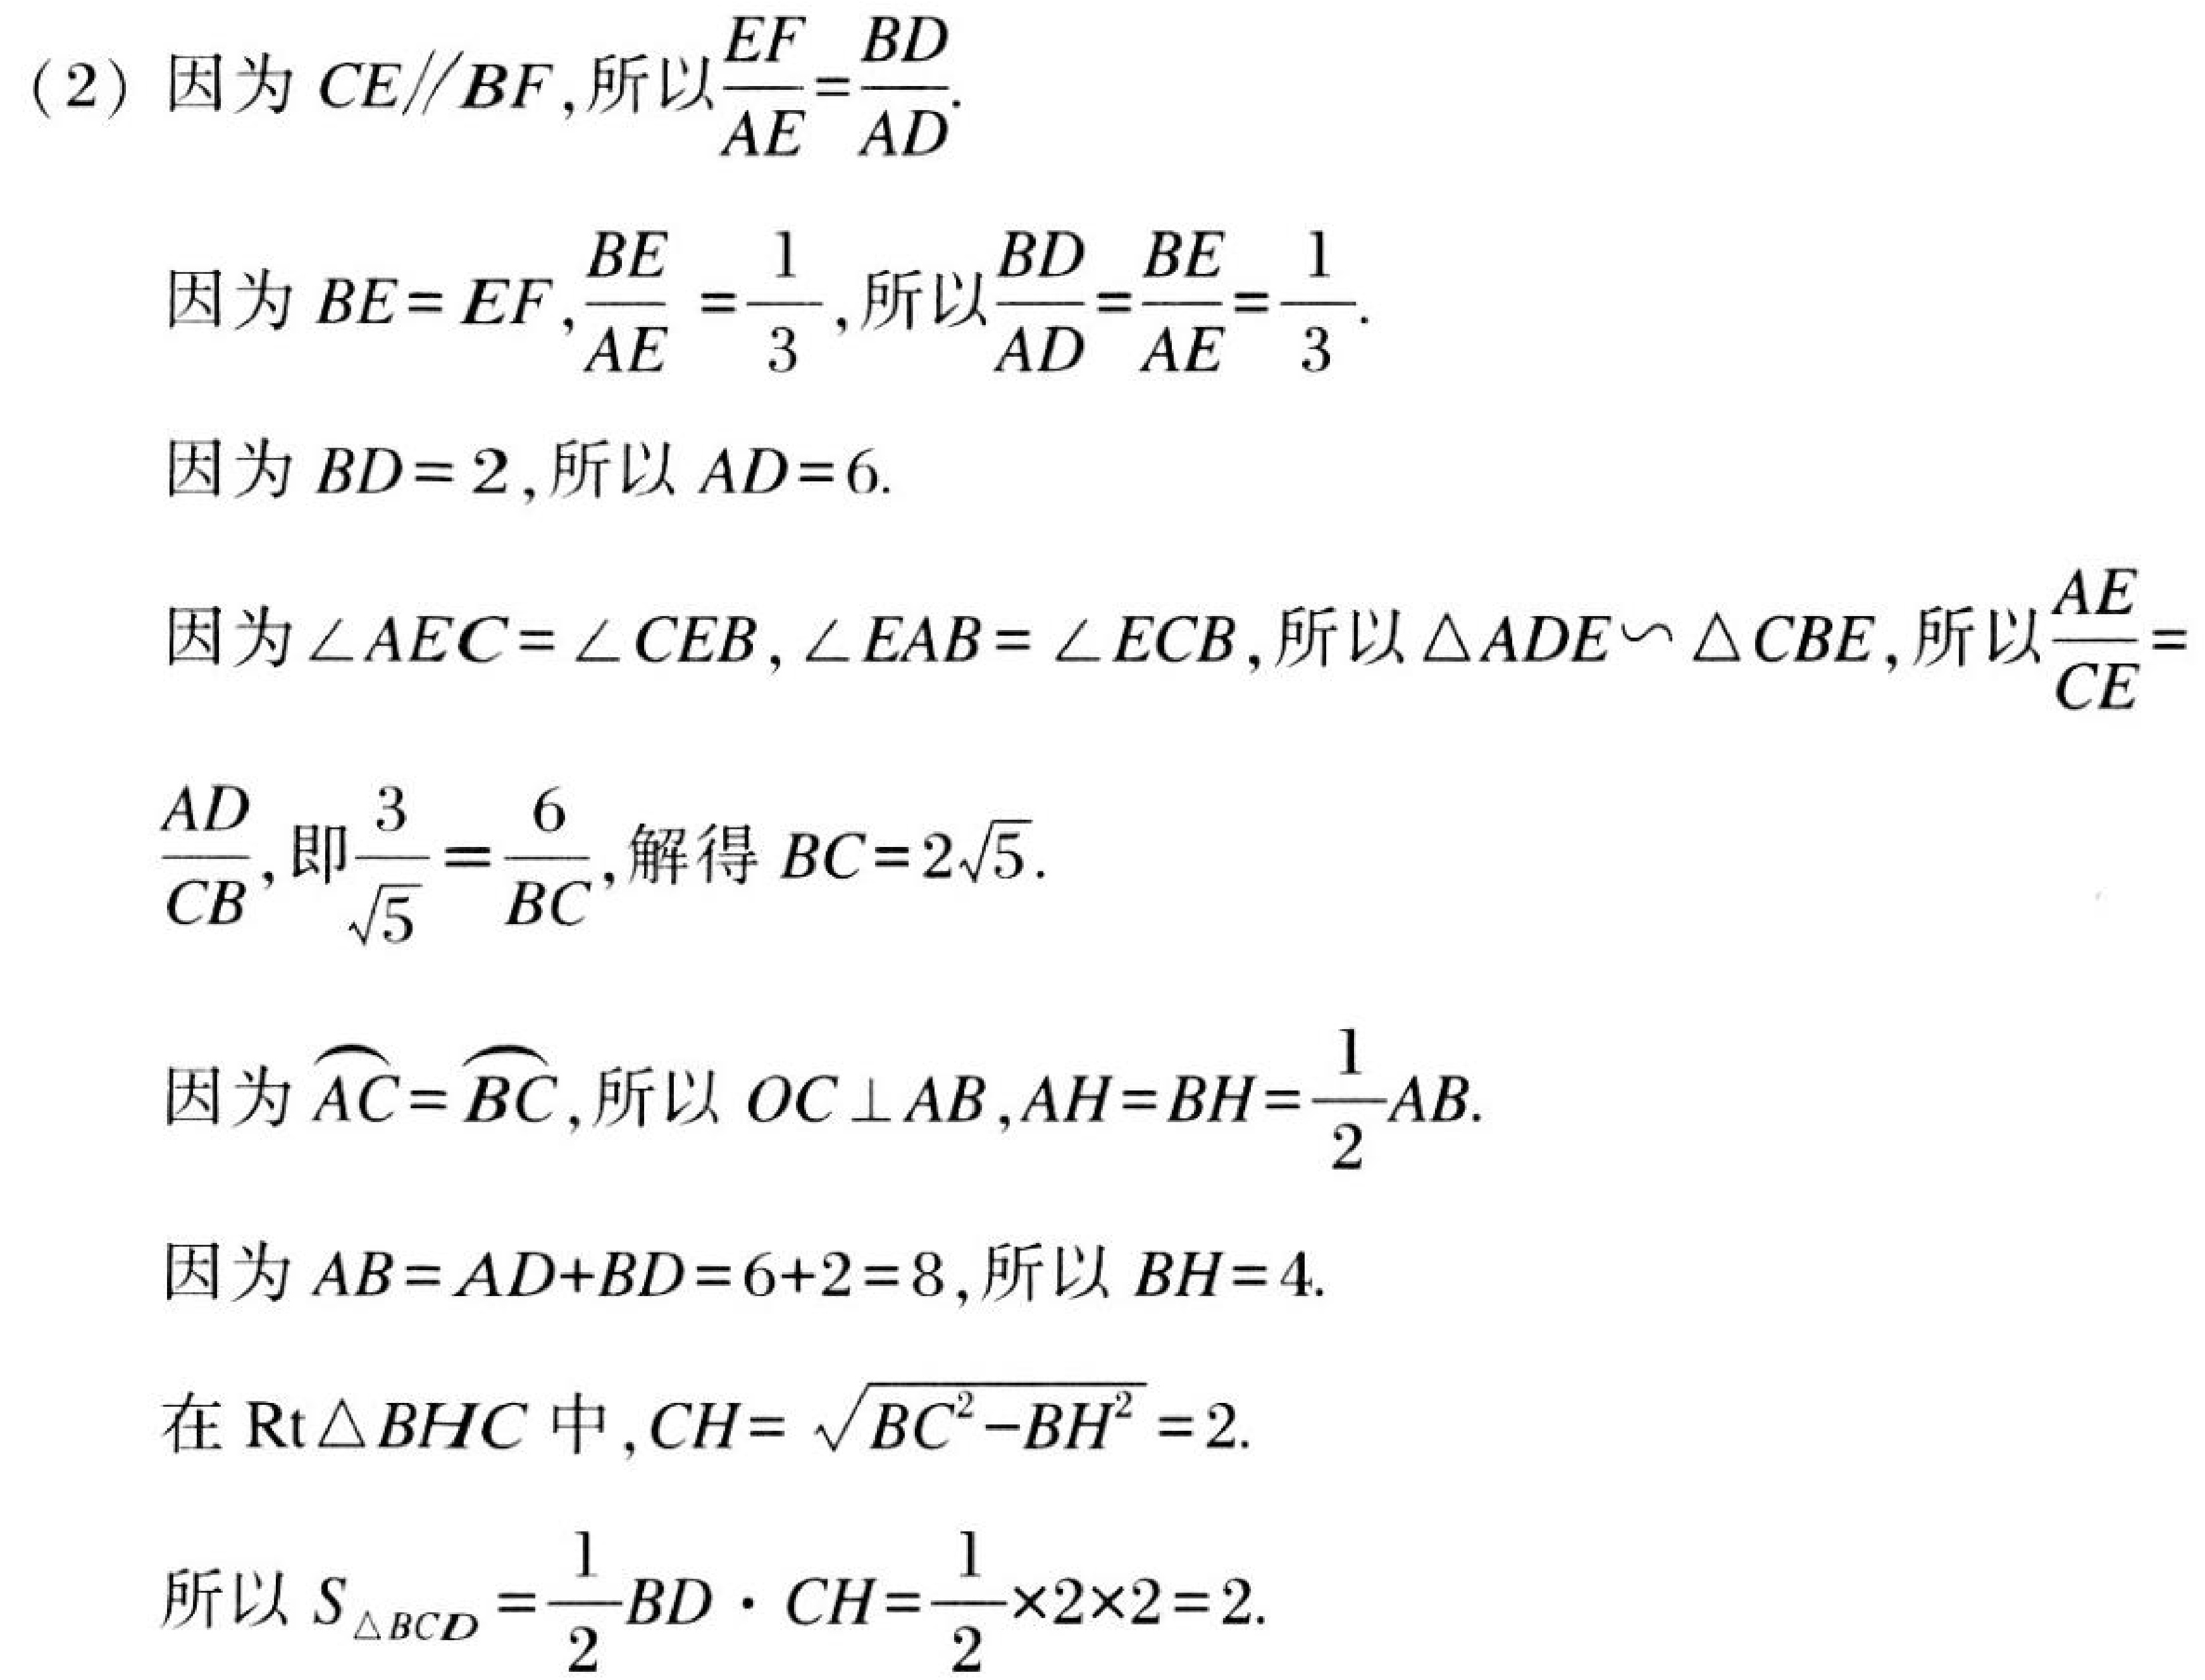
(2) 因为 \(CE\parallel BF\),所以\(\frac{EF}{AE}=\frac{BD}{AD}\).
因为 \(BE = EF\),\(\frac{BE}{AE}=\frac{1}{3}\),所以\(\frac{BD}{AD}=\frac{BE}{AE}=\frac{1}{3}\).
因为 \(BD = 2\),所以 \(AD = 6\).
因为\(\angle AEC=\angle CEB\),\(\angle EAB=\angle ECB\),所以\(\triangle ADE\backsim\triangle CBE\),所以\(\frac{AE}{CE}=\frac{AD}{CB}\),即\(\frac{3}{\sqrt{5}}=\frac{6}{BC}\),解得 \(BC = 2\sqrt{5}\).
因为\(\overset{\frown}{AC}=\overset{\frown}{BC}\),所以 \(OC\perp AB\),\(AH = BH=\frac{1}{2}AB\).
因为 \(AB = AD + BD=6 + 2 = 8\),所以 \(BH = 4\).
在\(\text{Rt}\triangle BHC\)中,\(CH=\sqrt{BC^{2}-BH^{2}} = 2\).
所以 \(S_{\triangle BCD}=\frac{1}{2}BD\cdot CH=\frac{1}{2}\times2\times2 = 2\).